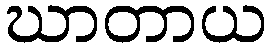
ဃာတာယ